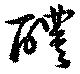
醴